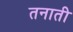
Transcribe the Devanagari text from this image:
तनाती